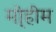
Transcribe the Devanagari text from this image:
मो्हीम